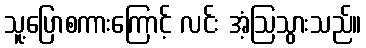
သူ့ပြောစကားကြောင့် လင်း အံ့ဩသွားသည်။